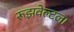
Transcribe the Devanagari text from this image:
रूझवेल्टला